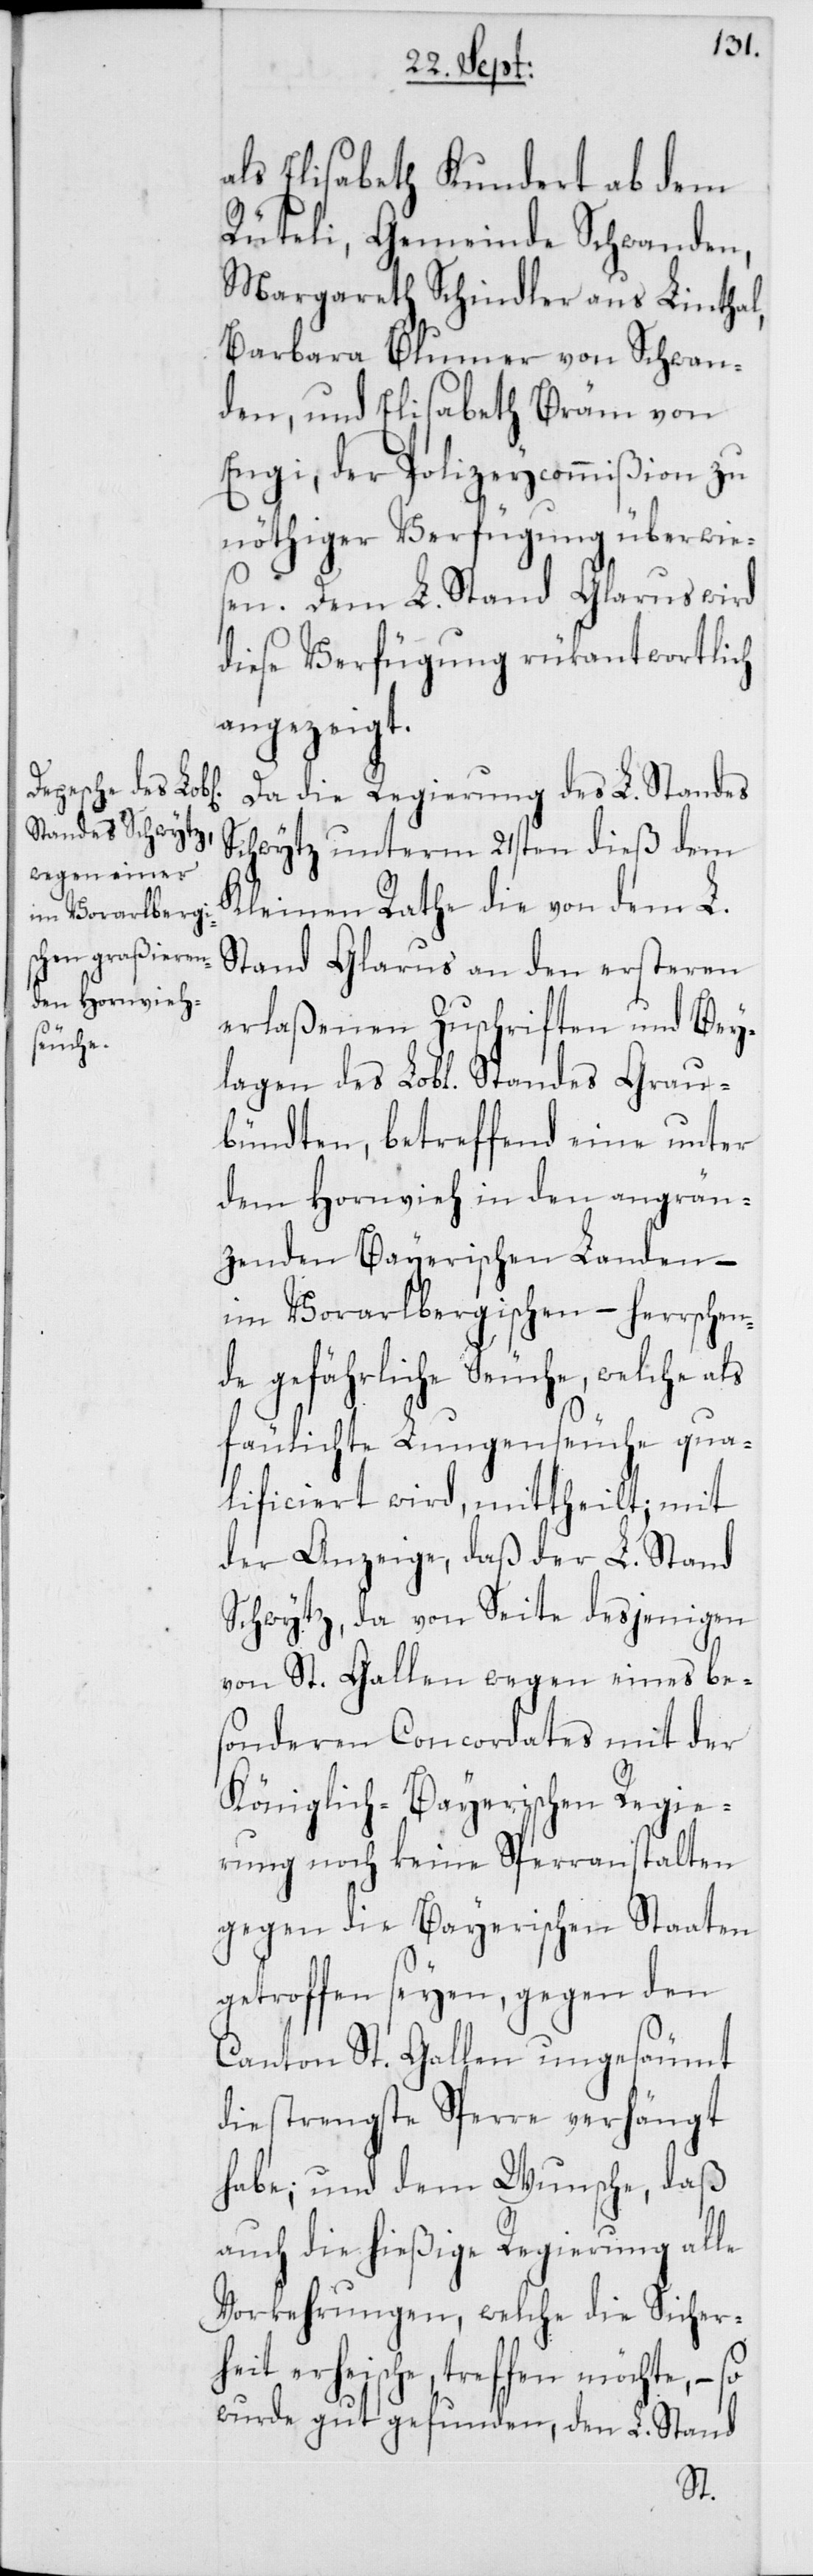
als Elisabeth Kundert ab dem
Rüteli, Gemeinde Schwanden,
Margareth Schindler aus Linthal,
Barbara Blumer von Schwan¬
den, und Elisabeth Bräm von
Engi, der Polizeycommißion zu
nöthiger Verfügung überwies¬
en. Dem L. Stand Glarus wird
diese Verfügung rükantwortlich
angezeigt.
Da die Regierung des L. Standes
Schwytz unterm 21sten dieß dem
Kleinen Rathe die von dem L.
Stand Glarus an den ersteren
erlaßenen Zuschriften und Bey¬
lagen des Lobl. Standes Grau¬
bündten, betreffend eine unter
dem Hornvieh in den angrän¬
zenden Bayerischen Landen, –
im Vorarlbergischen – herrschen¬
de gefährliche Seuche, welche als
fäulichte Lungenseuche qua¬
lificiert wird, mittheilt; mit
der Anzeige, daß der L. Stand
Schwytz, da von Seite desjenigen
von St. Gallen wegen eines be¬
sonderen Concordates mit der
Königlich-Bayerischen Regie¬
rung noch keine Sperranstalten
gegen die Bayerischen Staaten
getroffen seyen, gegen den
Canton St. Gallen ungesäumt
die strengste Sperre verhängt
habe; und dem Wunsche, daß
auch die hießige Regierung alle
Vorkehrungen, welche die Sicher¬
heit erheische, treffen möchte, – so
wurde gut gefunden, den L. Stand